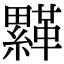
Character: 𩌺